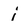
Character: i